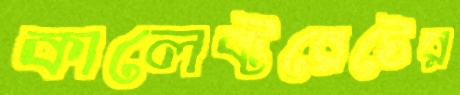
কালেক্টরেটের